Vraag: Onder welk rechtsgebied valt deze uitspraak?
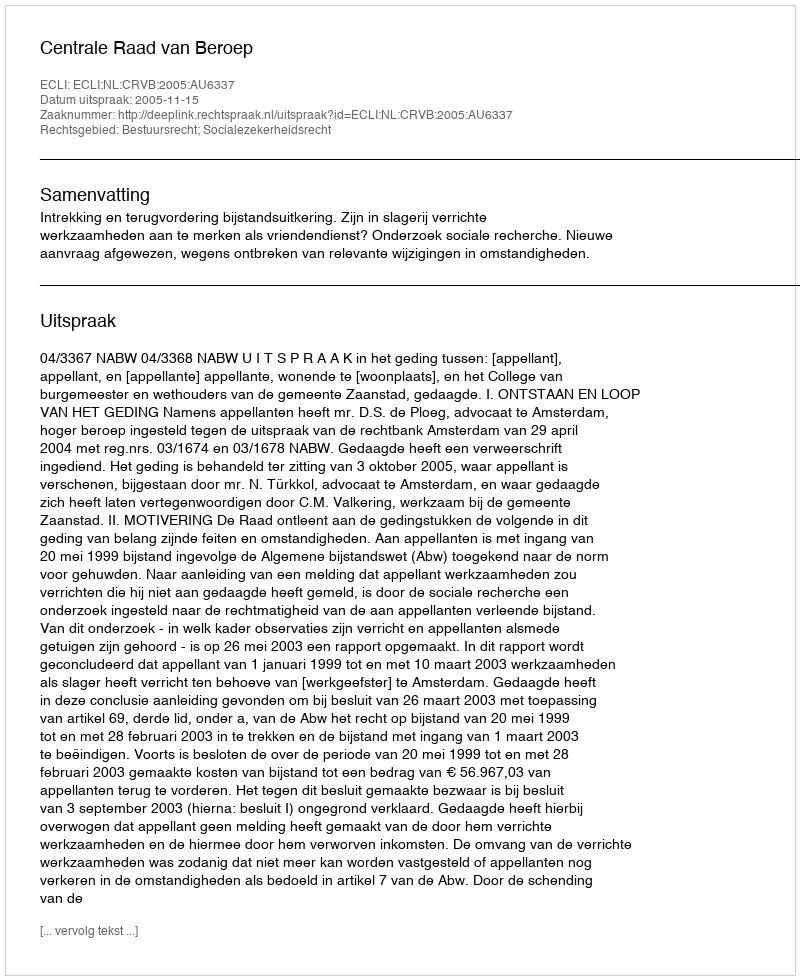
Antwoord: Bestuursrecht; Socialezekerheidsrecht